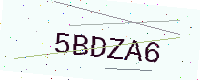
Text: 5BDZA6